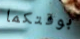
بوقتكما